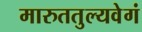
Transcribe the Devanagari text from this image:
मारुततुल्यवेगं